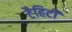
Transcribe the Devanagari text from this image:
टैहिटी